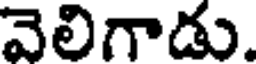
వెలిగాడు.